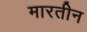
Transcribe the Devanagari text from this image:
मारतीन